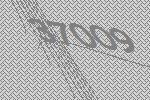
37009